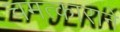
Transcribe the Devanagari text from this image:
चमत्काराने